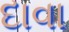
દાવા